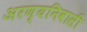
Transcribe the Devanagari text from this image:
अरण्यनिवासी